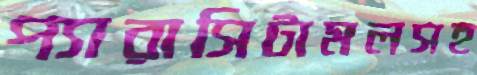
প্যারাসিটামলসহ